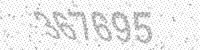
Solution: 367695